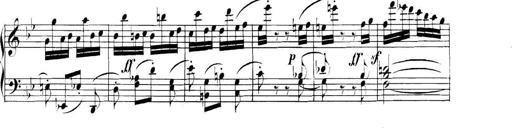
Title: Collected Piano Sonatas
Composer: Muzio Clementi